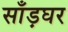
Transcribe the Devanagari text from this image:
साँड़घर